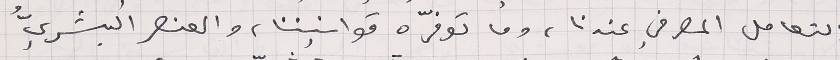
التعامل المصرفي عندنا، وما توفّره قوانيننا، والعنصر البشريُّ